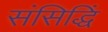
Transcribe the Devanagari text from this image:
संसिद्धिं